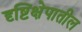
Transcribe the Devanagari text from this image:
दृष्टिक्षेपातील